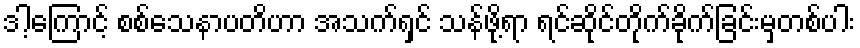
ဒါ့ကြောင့် စစ်သေနာပတိဟာ အသက်ရှင် သန်ဖို့ရာ ရင်ဆိုင်တိုက်ခိုက်ခြင်းမှတစ်ပါး